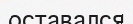
оставался